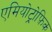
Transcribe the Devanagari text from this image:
एमियोट्रोफ़िक